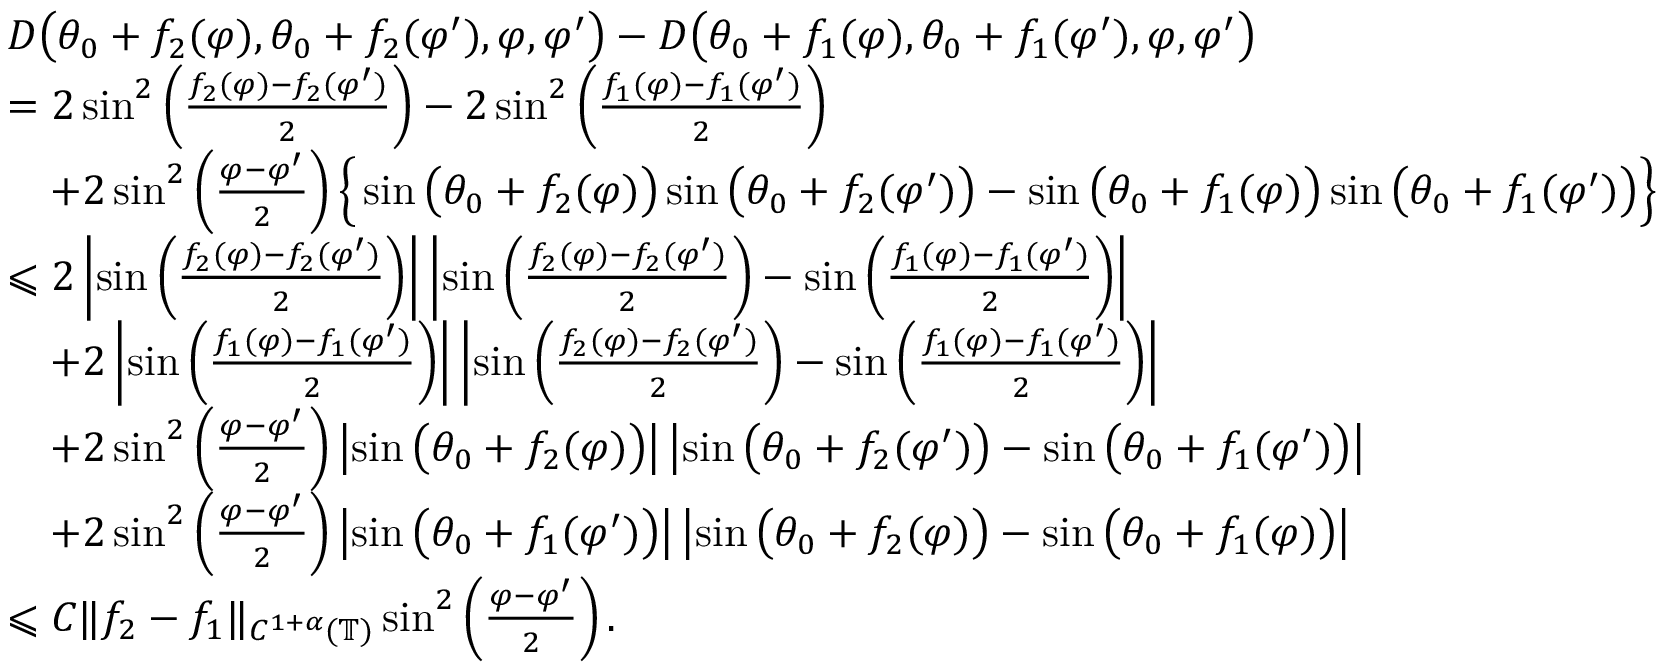
\begin{array} { r l } & { D \big ( \theta _ { 0 } + f _ { 2 } ( \varphi ) , \theta _ { 0 } + f _ { 2 } ( \varphi ^ { \prime } ) , \varphi , \varphi ^ { \prime } \big ) - D \big ( \theta _ { 0 } + f _ { 1 } ( \varphi ) , \theta _ { 0 } + f _ { 1 } ( \varphi ^ { \prime } ) , \varphi , \varphi ^ { \prime } \big ) } \\ & { = 2 \sin ^ { 2 } \left( \frac { f _ { 2 } ( \varphi ) - f _ { 2 } ( \varphi ^ { \prime } ) } { 2 } \right) - 2 \sin ^ { 2 } \left( \frac { f _ { 1 } ( \varphi ) - f _ { 1 } ( \varphi ^ { \prime } ) } { 2 } \right) } \\ & { \quad + 2 \sin ^ { 2 } \left( \frac { \varphi - \varphi ^ { \prime } } { 2 } \right) \Big \{ \sin \big ( \theta _ { 0 } + f _ { 2 } ( \varphi ) \big ) \sin \big ( \theta _ { 0 } + f _ { 2 } ( \varphi ^ { \prime } ) \big ) - \sin \big ( \theta _ { 0 } + f _ { 1 } ( \varphi ) \big ) \sin \big ( \theta _ { 0 } + f _ { 1 } ( \varphi ^ { \prime } ) \big ) \Big \} } \\ & { \leqslant 2 \left| \sin \left( \frac { f _ { 2 } ( \varphi ) - f _ { 2 } ( \varphi ^ { \prime } ) } { 2 } \right) \right| \left| \sin \left( \frac { f _ { 2 } ( \varphi ) - f _ { 2 } ( \varphi ^ { \prime } ) } { 2 } \right) - \sin \left( \frac { f _ { 1 } ( \varphi ) - f _ { 1 } ( \varphi ^ { \prime } ) } { 2 } \right) \right| } \\ & { \quad + 2 \left| \sin \left( \frac { f _ { 1 } ( \varphi ) - f _ { 1 } ( \varphi ^ { \prime } ) } { 2 } \right) \right| \left| \sin \left( \frac { f _ { 2 } ( \varphi ) - f _ { 2 } ( \varphi ^ { \prime } ) } { 2 } \right) - \sin \left( \frac { f _ { 1 } ( \varphi ) - f _ { 1 } ( \varphi ^ { \prime } ) } { 2 } \right) \right| } \\ & { \quad + 2 \sin ^ { 2 } \left( \frac { \varphi - \varphi ^ { \prime } } { 2 } \right) \left| \sin \big ( \theta _ { 0 } + f _ { 2 } ( \varphi ) \big ) \right| \left| \sin \big ( \theta _ { 0 } + f _ { 2 } ( \varphi ^ { \prime } ) \big ) - \sin \big ( \theta _ { 0 } + f _ { 1 } ( \varphi ^ { \prime } ) \big ) \right| } \\ & { \quad + 2 \sin ^ { 2 } \left( \frac { \varphi - \varphi ^ { \prime } } { 2 } \right) \left| \sin \big ( \theta _ { 0 } + f _ { 1 } ( \varphi ^ { \prime } ) \big ) \right| \left| \sin \big ( \theta _ { 0 } + f _ { 2 } ( \varphi ) \big ) - \sin \big ( \theta _ { 0 } + f _ { 1 } ( \varphi ) \big ) \right| } \\ & { \leqslant C \| f _ { 2 } - f _ { 1 } \| _ { C ^ { 1 + \alpha } ( \mathbb { T } ) } \sin ^ { 2 } \left( \frac { \varphi - \varphi ^ { \prime } } { 2 } \right) . } \end{array}